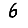
Digit: 6